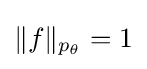
{\textstyle \lVert f\rVert _{p_{\theta }}=1}